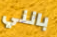
بانني